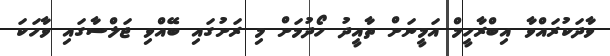
ވާދަކުރައްވާ އިބްރާހީމް އަމީނަށް ތާއީދު ހޯދުމަށް މި ރަށުގައި ބޭއްވި ޖަލްސާގައި ވާހަކަ